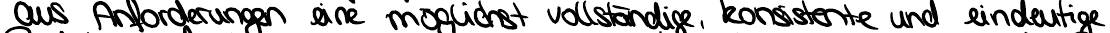
aus Anforderungen eine möglichst vollständige, kosistente und eindeutige